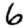
Digit: 6